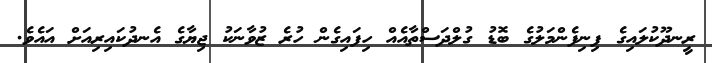
ރީނދޫކުލައިގެ ފިނިފެންމަލުގެ ބޮޑު ގުލްދަސްތާއެއް ހިފައިގެން ހުރެ ޒުވާނަކު ޖިޔާގެ އެނދުކައިރިއަށް އައެވެ.